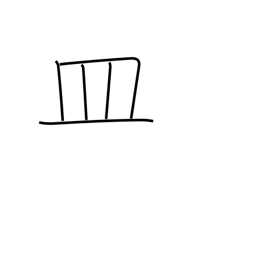
Meaning: dish